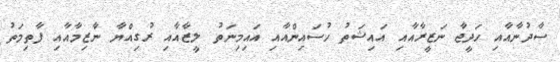
ސާދުނާއާއި ހަދީޖާ ނަޒީރާއާއި އައިޝަތު ހުސައިންއާއި އައިމިނަތު ލީޒާއާއި ރުގިއްޔާ ނާޒިމާއާއި ފާތިމަތު